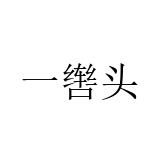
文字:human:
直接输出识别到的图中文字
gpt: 一辔头